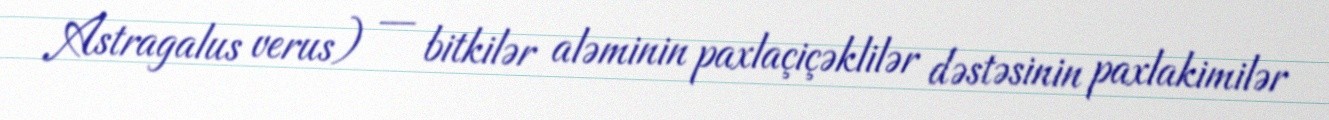
Astragalus verus) — bitkilər aləminin paxlaçiçəklilər dəstəsinin paxlakimilər